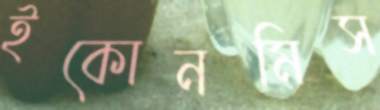
ইকোনমিস